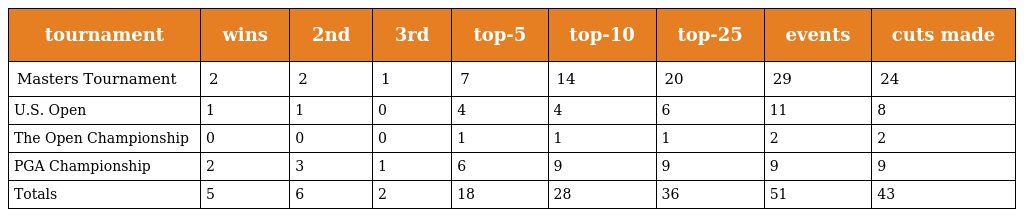
| tournament | wins | 2nd | 3rd | top-5 | top-10 | top-25 | events | cuts made |
 | --- | --- | --- | --- | --- | --- | --- | --- | --- |
 | Masters Tournament | 2 | 2 | 1 | 7 | 14 | 20 | 29 | 24 |
 | U.S. Open | 1 | 1 | 0 | 4 | 4 | 6 | 11 | 8 |
 | The Open Championship | 0 | 0 | 0 | 1 | 1 | 1 | 2 | 2 |
 | PGA Championship | 2 | 3 | 1 | 6 | 9 | 9 | 9 | 9 |
 | Totals | 5 | 6 | 2 | 18 | 28 | 36 | 51 | 43 |